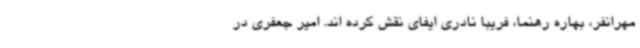
مهرانفر، بهاره رهنما، فریبا نادری ایفای نقش کرده اند. امیر جعفری در